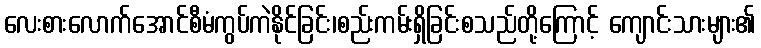
လေးစားလောက်အောင်စီမံကွပ်ကဲနိုင်ခြင်း၊စည်းကမ်းရှိခြင်းစသည်တို့ကြောင့် ကျောင်းသားများ၏